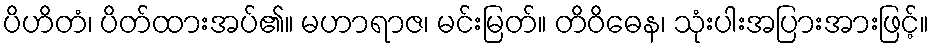
ပိဟိတံ၊ ပိတ်ထားအပ်၏။ မဟာရာဇ၊ မင်းမြတ်။ တိဝိဓေန၊ သုံးပါးအပြားအားဖြင့်။